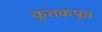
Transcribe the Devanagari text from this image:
कृतकपुत्र